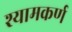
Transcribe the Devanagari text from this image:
श्यामकर्ण